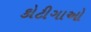
કોટીગાઓ